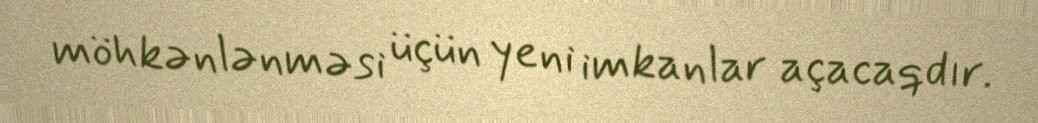
möhkənlənməsi üçün yeni imkanlar açacaqdır.